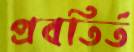
প্রবতির্ত